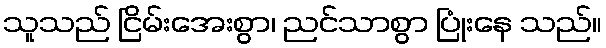
သူသည် ငြိမ်းအေးစွာ၊ ညင်သာစွာ ပြုံးနေ သည်။